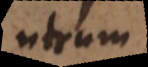
utrum